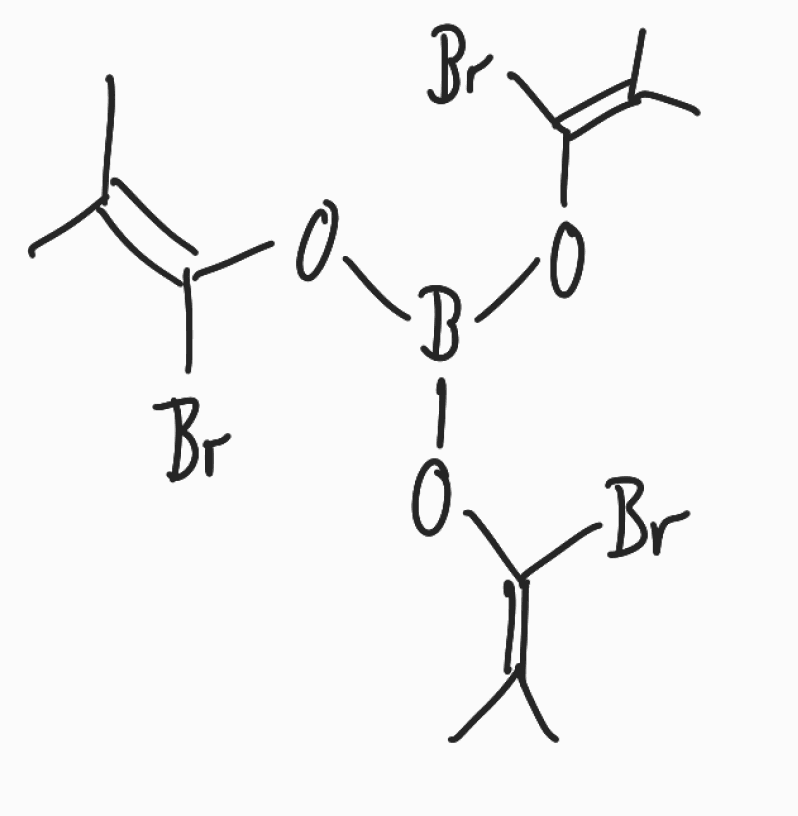
Simplified molecular-input line-entry system (SMILES) notation of the given molecule:
B(OC(=C(C)C)Br)(OC(=C(C)C)Br)OC(=C(C)C)Br